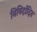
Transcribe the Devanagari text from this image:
निविर्दादित